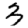
Digit: 3